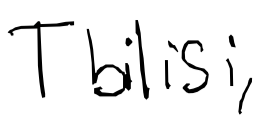
Text: Tbilisi,
Cross-out: clean
Writing tool: digital_black